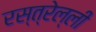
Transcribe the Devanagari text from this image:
रस्त्रेल्ली